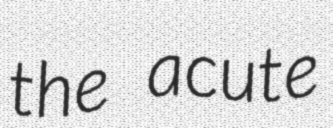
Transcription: the acute